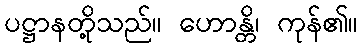
ပဋ္ဌာနတို့သည်။ ဟောန္တိ၊ ကုန်၏။